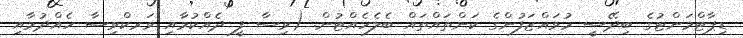
ޑިޕާޓްމަންޓުގެ ބިދޭސީ މުވައްޒަފުންގެ ކަންތައްތައް ބެލެހެއްޓުން. (ވިސާ ފީ ދެއްކުމާއި ވަރކްވިސާ ހެއްދުމާއި